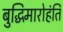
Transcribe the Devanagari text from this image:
बुद्धिमारोहंति